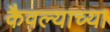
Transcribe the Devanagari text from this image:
कैवल्याच्या